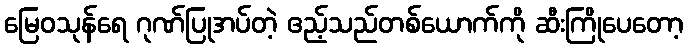
မြေဝသုန်ရေ ဂုဏ်ပြုအပ်တဲ့ ဧည့်သည်တစ်ယောက်ကို ဆီးကြိုပေတော့